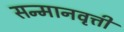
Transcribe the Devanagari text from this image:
सन्मानवृत्ती